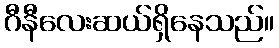
ဂီနီလေးဆယ်ရှိနေသည်။